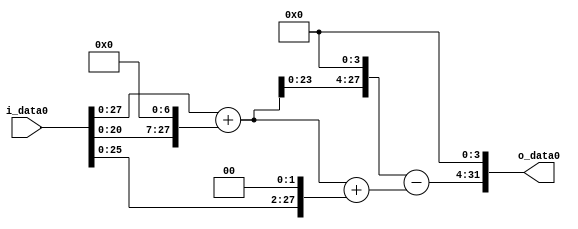
module multiplier_block (
    i_data0,
    o_data0
);

  // Port mode declarations:
  input   [31:0] i_data0;
  output  [31:0]
    o_data0;

  //Multipliers:

  wire [31:0]
    w1,
    w128,
    w129,
    w4,
    w133,
    w2064,
    w1931,
    w30896;

  assign w1 = i_data0;
  assign w128 = w1 << 7;
  assign w129 = w1 + w128;
  assign w133 = w129 + w4;
  assign w1931 = w2064 - w133;
  assign w2064 = w129 << 4;
  assign w30896 = w1931 << 4;
  assign w4 = w1 << 2;

  assign o_data0 = w30896;

  //multiplier_block area estimate = 4720.16161940588;
endmodule